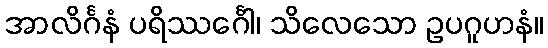
အာလိင်္ဂနံ ပရိဿင်္ဂေါ၊ သိလေသော ဥပဂူဟနံ။